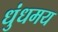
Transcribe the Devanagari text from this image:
धुंधमय